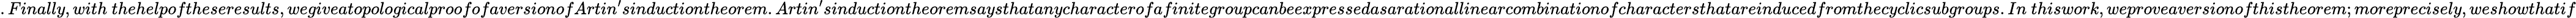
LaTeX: .Finally,with~thehelpoftheseresults,wegiveatopologicalproofofaversionofArtin^{\prime}sinductiontheorem.Artin^{\prime}sinductiontheoremsaysthatanycharacterofafinitegroupcanbeexpressedasarationallinearcombinationofcharactersthatareinducedfromthecyclicsubgroups.In~thiswork,weproveaversionofthistheorem;moreprecisely,weshowthatif